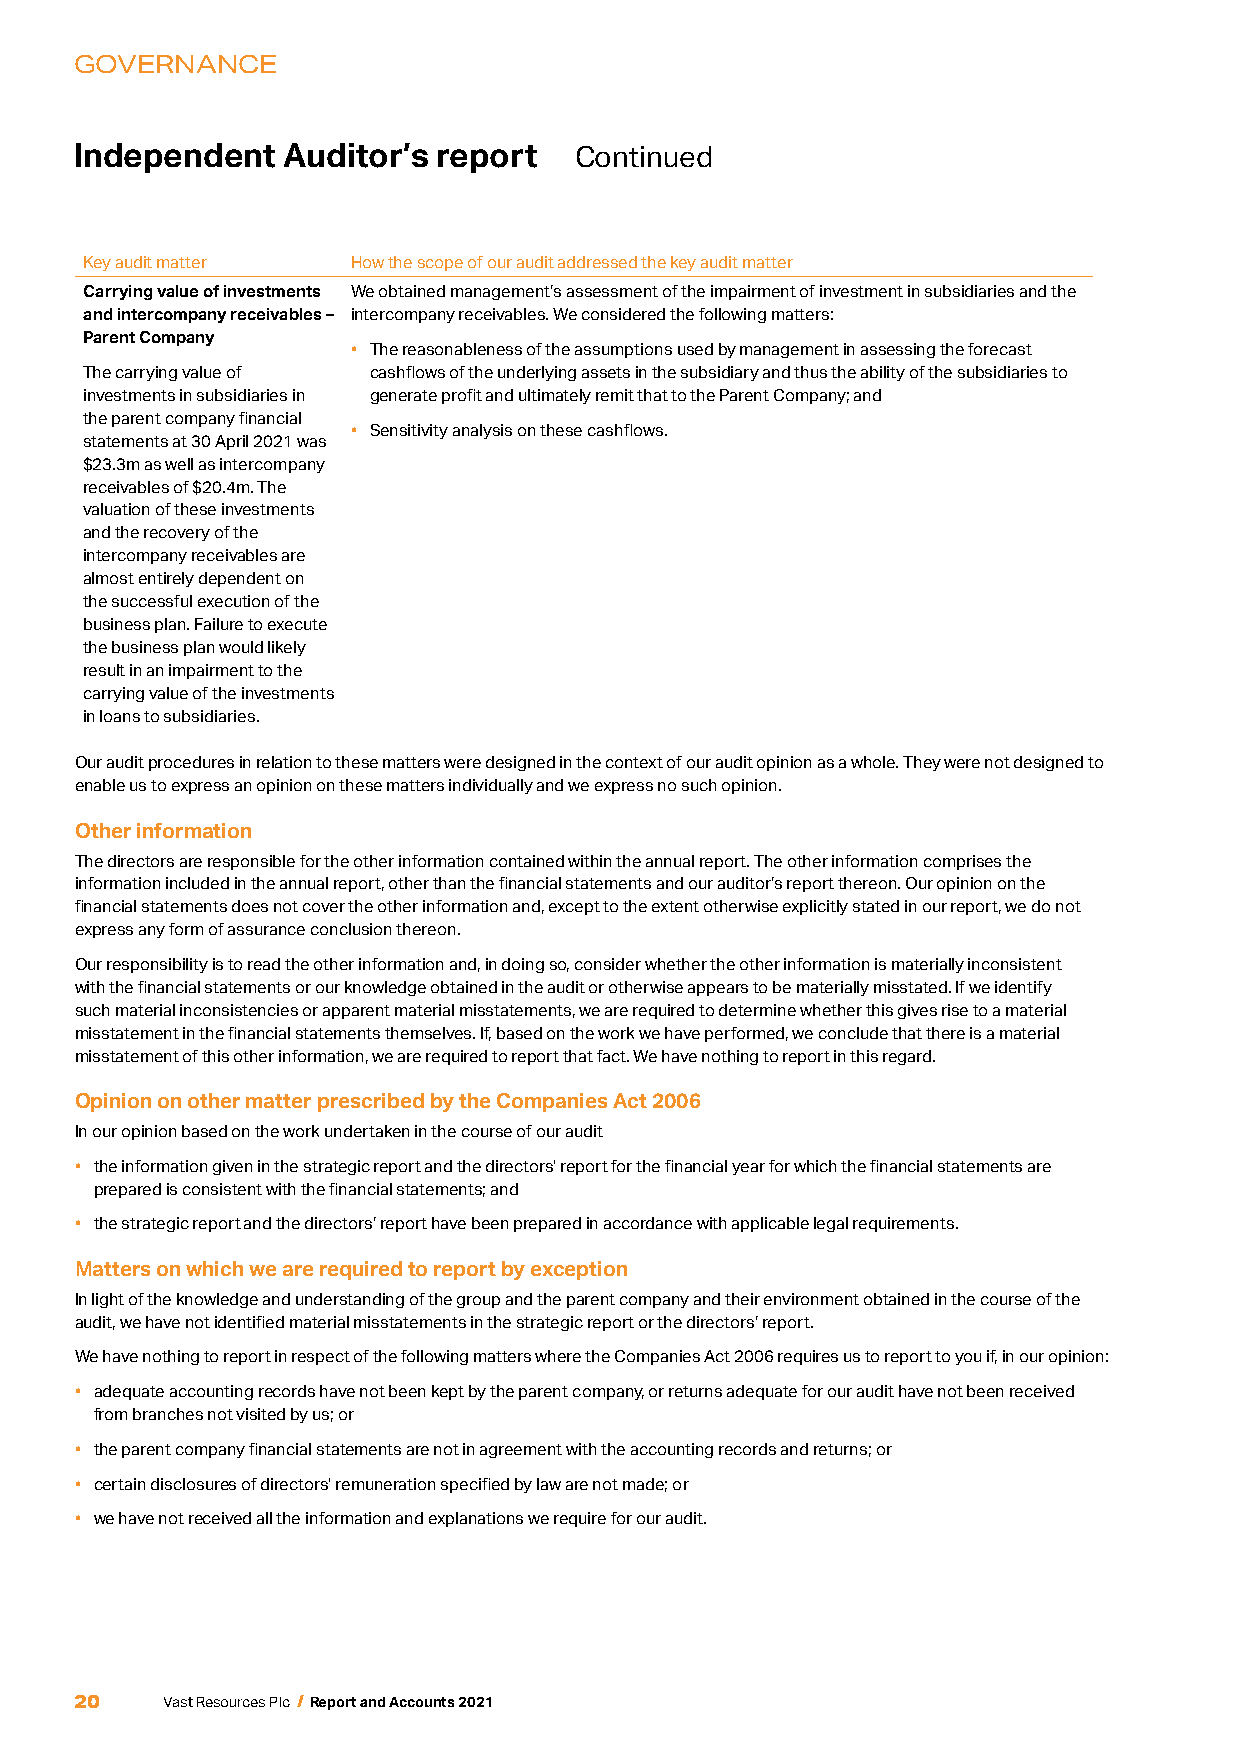
GOVERNANCE
 Independent   Auditor’s report   Continued
 Key audit matter How the scope of our audit addressed the key audit matter
 Carrying value of investments We obtained management’s assessment of the impairment of investment in subsidiaries and the
 and intercompany receivables – intercompany receivables. We considered the following matters:
 Parent Company
 • The reasonableness of the assumptions used by management in assessing the forecast
 The carrying value of cashflows of the underlying assets in the subsidiary and thus the ability of the subsidiaries to
 investments in subsidiaries in generate profit and ultimately remit that to the Parent Company; and
 the parent company financial
 • Sensitivity analysis on these cashflows.
 statements at 30 April 2021 was
 $23.3m as well as intercompany
 receivables of $20.4m. The
 valuation of these investments
 and the recovery of the
 intercompany receivables are
 almost entirely dependent on
 the successful execution of the
 business plan. Failure to execute
 the business plan would likely
 result in an impairment to the
 carrying value of the investments
 in loans to subsidiaries.
 Our audit procedures in relation to these matters were designed in the context of our audit opinion as a whole. They were not designed to
 enable us to express an opinion on these matters individually and we express no such opinion.
 Other information
 The directors are responsible for the other information contained within the annual report. The other information comprises the
 information included in the annual report, other than the financial statements and our auditor’s report thereon. Our opinion on the
 financial statements does not cover the other information and, except to the extent otherwise explicitly stated in our report, we do not
 express any form of assurance conclusion thereon.
 Our responsibility is to read the other information and, in doing so, consider whether the other information is materially inconsistent
 with the financial statements or our knowledge obtained in the audit or otherwise appears to be materially misstated. If we identify
 such material inconsistencies or apparent material misstatements, we are required to determine whether this gives rise to a material
 misstatement in the financial statements themselves. If, based on the work we have performed, we conclude that there is a material
 misstatement of this other information, we are required to report that fact. We have nothing to report in this regard.
 Opinion on other matter prescribed by the Companies Act 2006
 In our opinion based on the work undertaken in the course of our audit
 • the information given in the strategic report and the directors' report for the financial year for which the financial statements are
 prepared is consistent with the financial statements; and
 • the strategic report and the directors’ report have been prepared in accordance with applicable legal requirements.
 Matters on which we are required to report by exception
 In light of the knowledge and understanding of the group and the parent company and their environment obtained in the course of the
 audit, we have not identified material misstatements in the strategic report or the directors’ report.
 We have nothing to report in respect of the following matters where the Companies Act 2006 requires us to report to you if, in our opinion:
 • adequate accounting records have not been kept by the parent company, or returns adequate for our audit have not been received
 from branches not visited by us; or
 • the parent company financial statements are not in agreement with the accounting records and returns; or
 • certain disclosures of directors' remuneration specified by law are not made; or
 • we have not received all the information and explanations we require for our audit.
 20
 Vast Resources Plc / Report and Accounts 2021